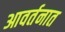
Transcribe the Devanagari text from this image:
आवर्तनात